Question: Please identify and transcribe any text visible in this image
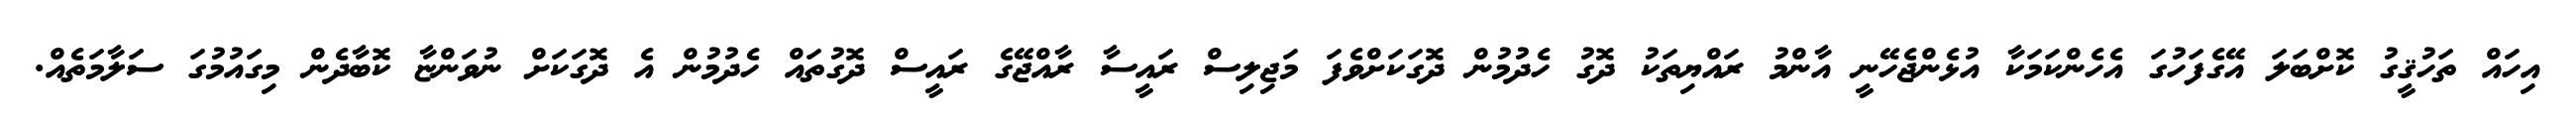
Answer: އިހައް ތަހުޤީގު ކޮށްބަލަ އޭގެފަހުގަ އެހެންކަމަކާ އުޅެންޖެހޭނީ އާންމު ރައްޔިތަކު ދޮގު ހެދުމުން ދޮގަކަށްވެފަ މަޖިލިސް ރައީސާ ރާއްޖޭގެ ރައީސް ދޮގުތައް ހެދުމުން އެ ދޮގަކަށް ނުވަންޏާ ކޮބާދެން މިގައުމުގަ ސަލާމަތެއް.